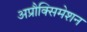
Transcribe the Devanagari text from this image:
अप्रौक्सिमेशन